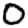
Digit: 0